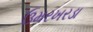
ઉમરખરડા